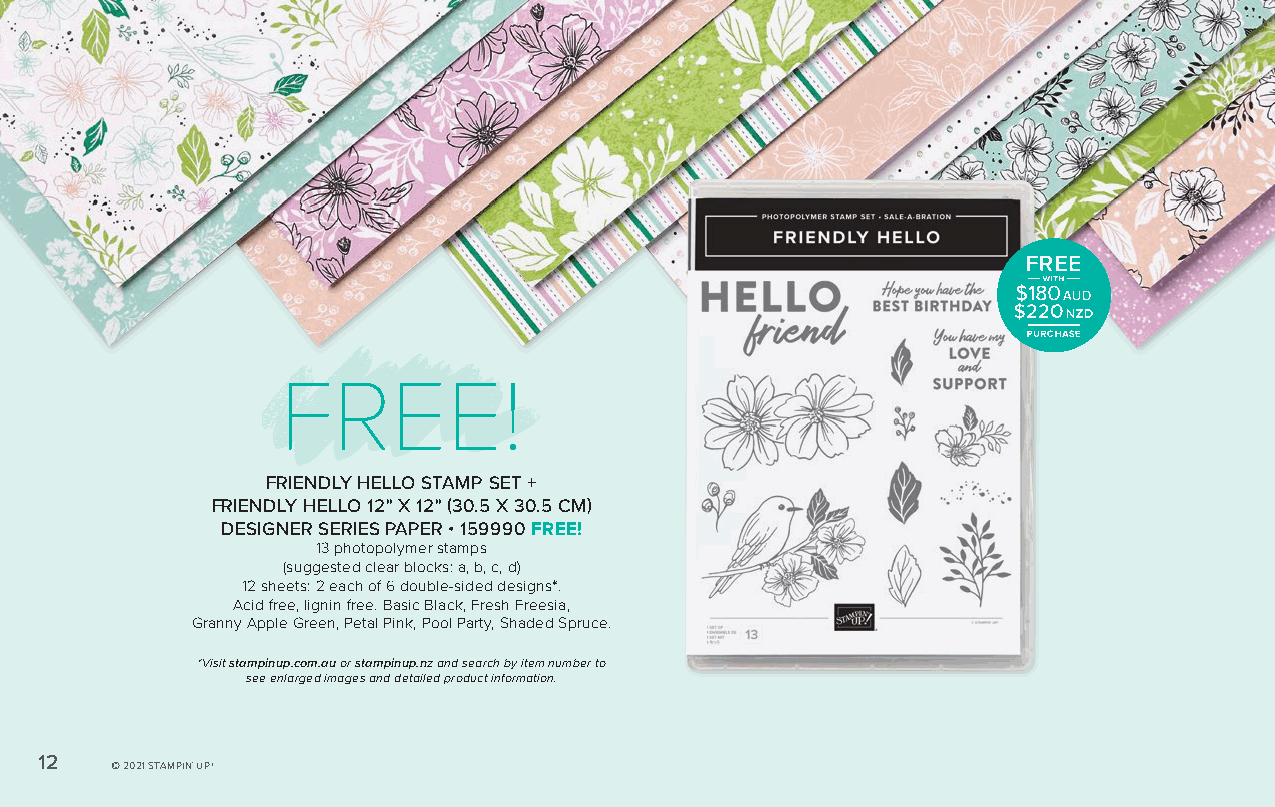
FREE!
 FRIENDLY HELLO STAMP SET +
 FRIENDLY HELLO 12" X 12" (30.5 X 30.5 CM)
 DESIGNER SERIES PAPER • 159990 FREE!
 13 photopolymer stamps
 (suggested clear blocks: a, b, c, d)
 12 sheets: 2 each of 6 double-sided designs*.
 Acid free, lignin free. Basic Black, Fresh Freesia,
 Granny Apple Green, Petal Pink, Pool Party, Shaded Spruce.
 *Visit stampinup.com.au or stampinup.nz and search by item number to
 see enlarged images and detailed product information.
 12   © 2021 STAMPIN' UP!